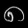
Digit: ၈